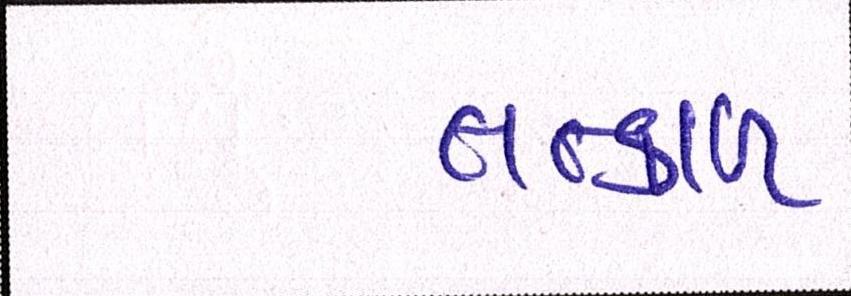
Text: તત્કાળ